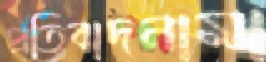
প্রতিবাদনামা